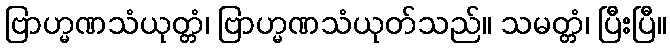
ဗြာဟ္မဏသံယုတ္တံ၊ ဗြာဟ္မဏသံယုတ်သည်။ သမတ္တံ၊ ပြီးပြီ။